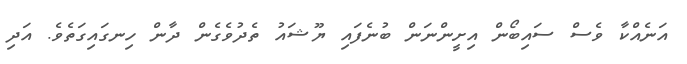
އަނެއްކާ ވެސް ސައިބޯން އިށީންނަން ބުނެފައި ޔޫޝައު ތެދުވެގެން ދާން ހިނގައިގަތެވެ. އަދި